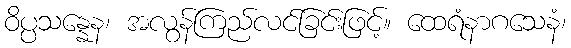
ဝိပ္ပသန္နေန၊ အလွန်ကြည်လင်ခြင်းဖြင့်။ ထေရံနာဂသေနံ၊